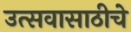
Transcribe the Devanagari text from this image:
उत्सवासाठीचे